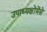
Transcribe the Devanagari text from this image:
उपाध्यक्षोंमेंसे